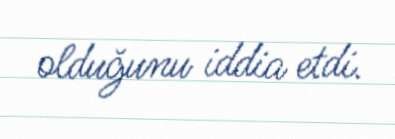
olduğunu iddia etdi.